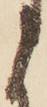
う